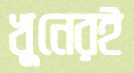
খুনেরই